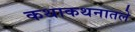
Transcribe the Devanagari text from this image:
कथाकथनातले